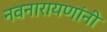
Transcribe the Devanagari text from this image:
नवनारायणांनी